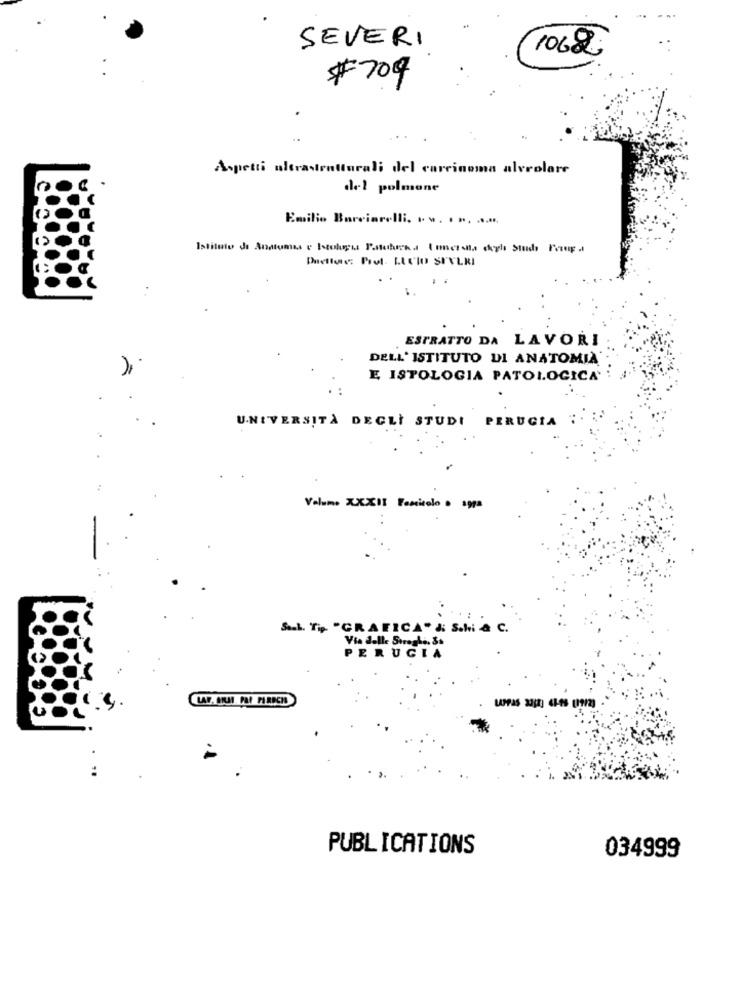
SEVERI
1062
#709
Aspetti ultrastrutturali del carcinoma alveolare
del polmone
Emilio Borciarelli. ... ... ...
Deellos: Prol. LUCIO SIVLRI
ESTRATTO DA LAVORI
DELL'ISTITUTO DI ANATOMIA
E ISTOLOGIA PATOLOGICA'
UNIVERSITÀ DEGLI STUDI PERUGIA
Volume XXXII Fonicolo . 199a
S.L. T "GRAFICA" & S.hi & C.
Via delle Streghi, Ss
PERUGIA
LAPRAS 2318] 63-48 139/2)
PUBLICATIONS
034999